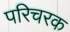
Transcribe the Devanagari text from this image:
परिचरक